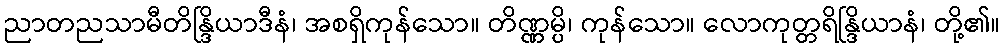
ညာတညသာမီတိန္ဒြိယာဒီနံ၊ အစရှိကုန်သော။ တိဏ္ဏမ္ပိ၊ ကုန်သော။ လောကုတ္တရိန္ဒြိယာနံ၊ တို့၏။